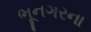
ભૂનગરના